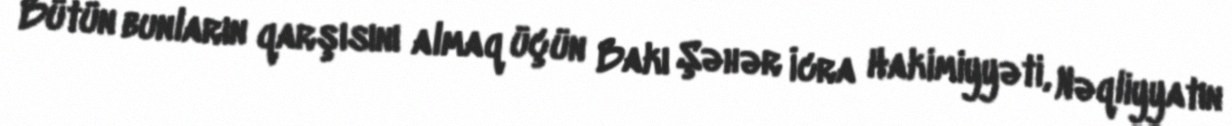
Bütün bunların qarşısını almaq üçün Bakı Şəhər İcra Hakimiyyəti, Nəqliyyatın